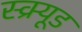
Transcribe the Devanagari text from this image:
स्क्र्यूड